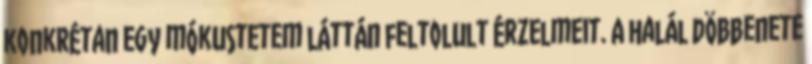
konkrétan egy mókustetem láttán feltolult érzelmeit. A halál döbbenete